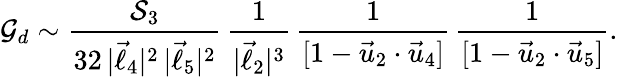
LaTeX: {\cal G}_{d}\sim{\frac{{\cal S}_{3}}{32\, |\vec{\ell}_{4}|^{2}\, |\vec{\ell}_{5}|^{2}}}\, {\frac{1}{|\vec{\ell}_{2}|^{3}}}\, {\frac{1}{[1-\vec{u}_{2}\cdot\vec{u}_{4}]}}\, {\frac{1}{[1-\vec{u}_{2}\cdot\vec{u}_{5}]}}.